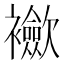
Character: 𲁈